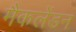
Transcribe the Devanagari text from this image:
मैकलेंडन